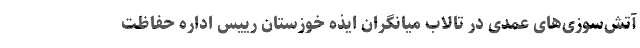
آتش‌سوزی‌های عمدی در تالاب میانگران ایذه خوزستان رییس اداره حفاظت